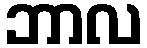
ဘာလ